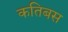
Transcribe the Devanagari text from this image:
कतिबस